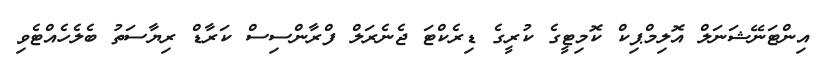
އިންޓަނޭޝަނަލް އޮލިމްޕިކް ކޮމިޓީގެ ކުރީގެ ޑިރެކްޓަ ޖެނެރަލް ފްރާންސިސް ކަރާޑް ރިޔާސަތު ބެލެހެއްޓެވި